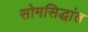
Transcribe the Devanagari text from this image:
सोमसिद्धांत